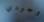
وجودي